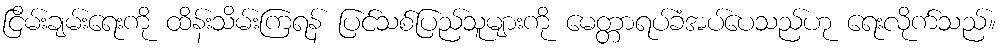
ငြိမ်းချမ်းရေးကို ထိန်းသိမ်းကြရန် ပြင်သစ်ပြည်သူများကို မေတ္တာရပ်ခံအပ်ပေသည်ဟု ရေးလိုက်သည်။